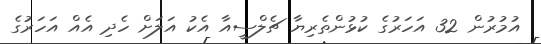
އުމުރުން 32 އަހަރުގެ ކުޅުންތެރިޔާ ޗެލްސީއާ އެކު އަލަށް ހެދި އެއް އަހަރުގެ